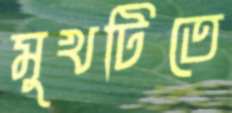
মুখটিতে